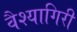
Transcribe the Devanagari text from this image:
वैश्यागिरी